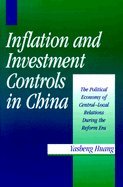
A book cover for Inflation and Investment Controls in China: The Political Economy of Central-Local Relations during the Reform Era; Yasheng Huang; Business & Money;